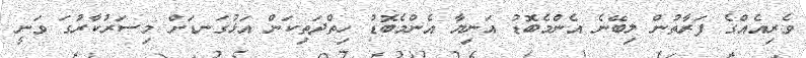
ވެރިއެއްގެ ފަރާތުން ލިބޭނެ އެންމެބޮޑު އަނިޔާ އެންމެބޮޑު ހިތްދަތިކަން އަޅުގަނޑަށް މިސަރުކާރުގަ ވަނީ